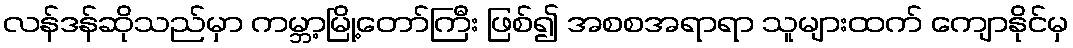
လန်ဒန်ဆိုသည်မှာ ကမ္ဘာ့မြို့တော်ကြီး ဖြစ်၍ အစစအရာရာ သူများထက် ကျောနိုင်မှ